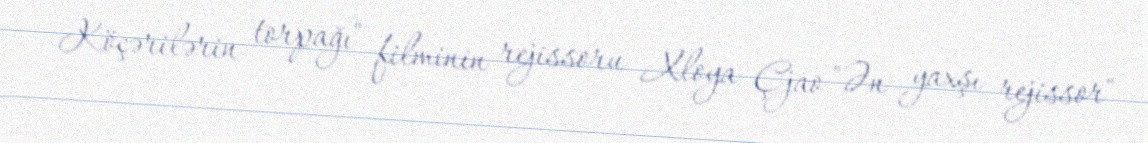
Köçərilərin torpağı" filminin rejissoru Xloya Çjao "Ən yaxşı rejissor"